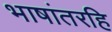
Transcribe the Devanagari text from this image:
भाषांतरहि